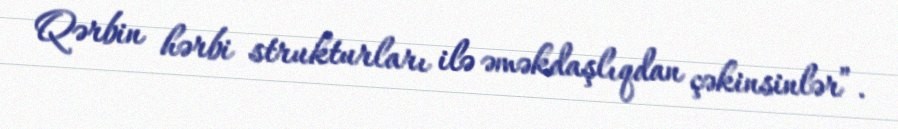
Qərbin hərbi strukturları ilə əməkdaşlıqdan çəkinsinlər”.